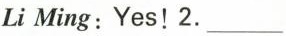
Li Ming:Yes!2.___